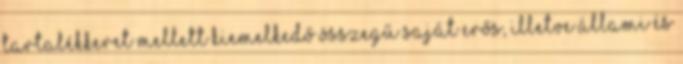
tartalékkeret mellett kiemelkedő összegű saját erős, illetve állami és